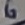
Text: 6